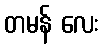
တမန် လေး